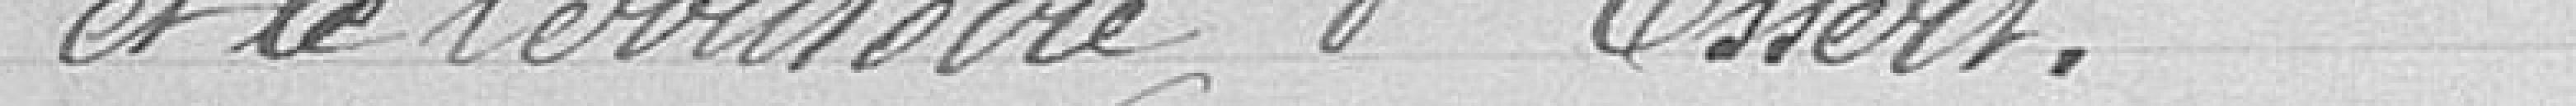
et le Territoire d'Essert.